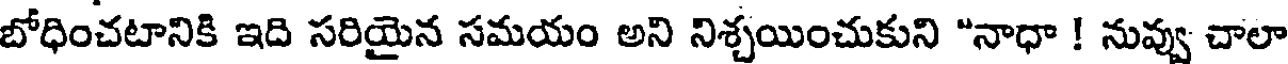
బోధించటానికి ఇది సరియైన సమయం అని నిశ్చయించుకుని "నాధా ! నువ్వు చాలా